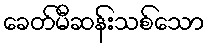
ခေတ်မီဆန်းသစ်သော